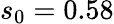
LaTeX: s_{0}=0.58